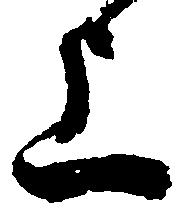
上